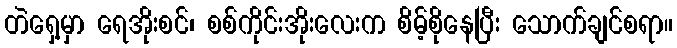
တဲရှေ့မှာ ရေအိုးစင်၊ စစ်ကိုင်းအိုးလေးက စိမ့်စိုနေပြီး သောက်ချင်စရာ။